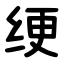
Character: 绠